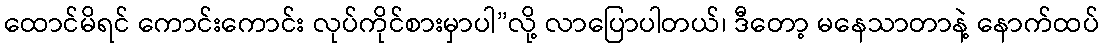
ထောင်မိရင် ကောင်းကောင်း လုပ်ကိုင်စားမှာပါ”လို့ လာပြောပါတယ်၊ ဒီတော့ မနေသာတာနဲ့ နောက်ထပ်